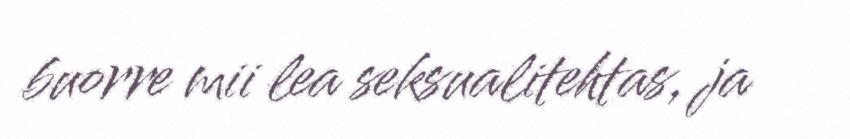
buorre mii lea seksualitehtas, ja